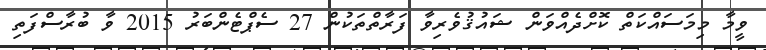
ވީމާ މިމަސައްކަތް ކޮށްދެއްވަން ޝައުޤުވެރިވާ ފަރާތްތަކުން 27 ސެޕްޓެންބަރު 2015 ވާ ބުރާސްފަތި